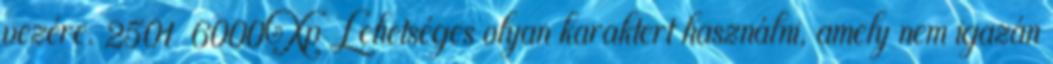
vezére. 2501 6000Xp Lehetséges olyan karaktert használni, amely nem igazán